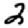
Digit: 2